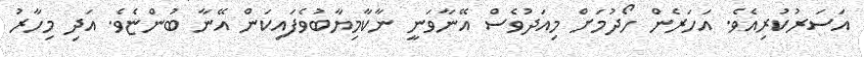
އަސަރުކުރިއެވެ. އަހަރެން ހޯދުމަށް މިއަދުވެސް އޭނާވަނީ ނާކާމިޔާބުވެފައިކަން އޭނާ ބުންޏެވެ. އަދި މިހާރު